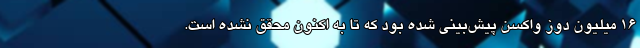
۱۶ میلیون دوز واکسن پیش‌بینی شده بود که تا به اکنون محقق نشده است.